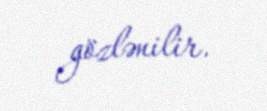
gözlənilir.